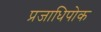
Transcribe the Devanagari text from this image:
प्रजाधिपोक